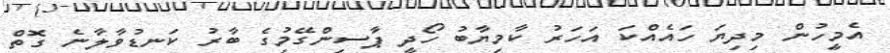
އެމީހުން މިދިޔަ ހައެއްކަ އަހަރު ކާމިޔާބު ހޯދީ ޕާސިންގޭމިުގެ ބާރު ކަނޑުވާލާނެ ގޮތް